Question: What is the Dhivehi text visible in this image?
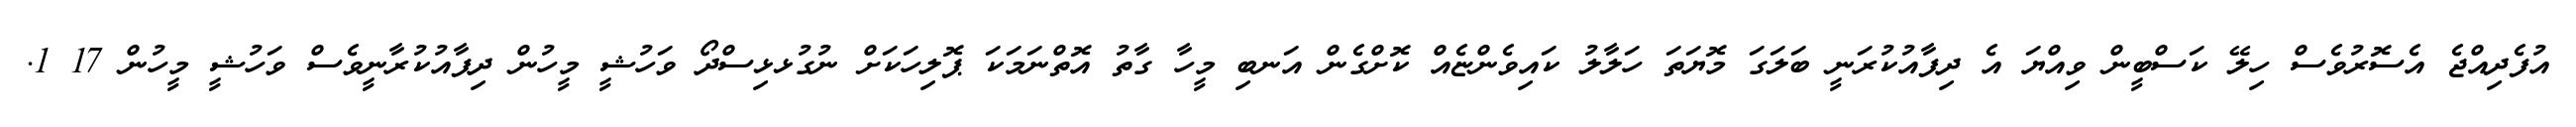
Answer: އުފެދިއްޖެ އެސޮރުވެސް ހިލޭ ކަސްބީން ވިއްޔަ އެ ދިފާއުކުރަނީ ބަލަގަ މޮޔަތަ ހަލާލު ކައިވެންޏެއް ކޮށްގެން އަނބި މީހާ ގާތު އޮތްނަމަކަ ޕޮލިހަކަށް ނުގުޅޅިސްދޯ ވަހުޝީ މީހުން ދިފާއުކުރާނީވެސް ވަހުޝީ މީހުން 17 1.